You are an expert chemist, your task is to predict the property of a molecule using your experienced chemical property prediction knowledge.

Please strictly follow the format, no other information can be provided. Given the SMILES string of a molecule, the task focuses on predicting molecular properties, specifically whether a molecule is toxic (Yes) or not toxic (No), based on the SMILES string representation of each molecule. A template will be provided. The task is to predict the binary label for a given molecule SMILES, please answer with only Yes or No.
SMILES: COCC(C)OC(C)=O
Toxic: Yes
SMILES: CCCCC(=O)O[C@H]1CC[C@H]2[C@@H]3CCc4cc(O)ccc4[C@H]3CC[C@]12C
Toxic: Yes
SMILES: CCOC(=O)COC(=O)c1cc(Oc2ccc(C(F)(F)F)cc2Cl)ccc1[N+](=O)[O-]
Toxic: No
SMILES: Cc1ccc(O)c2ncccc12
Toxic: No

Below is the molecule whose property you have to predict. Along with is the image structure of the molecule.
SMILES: O=C(NO)c1ccccc1
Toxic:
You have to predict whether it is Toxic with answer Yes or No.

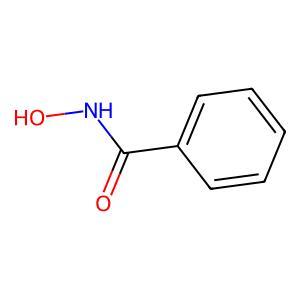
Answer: No